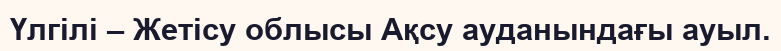
Үлгілі – Жетісу облысы Ақсу ауданындағы ауыл.